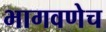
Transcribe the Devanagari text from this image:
भागवणेच